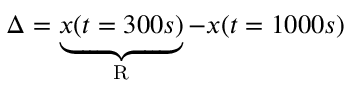
\Delta = \underbrace { x ( t = 3 0 0 s ) } _ { \mathrm { R } } - x ( t = 1 0 0 0 s )